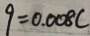
9 = 0 . 0 0 8 c